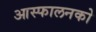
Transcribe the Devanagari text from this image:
आस्फालनको